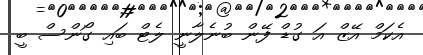
އެކަމް އޭޒް އަ ގުޑް ފޭން ބުނެލާނީ ލެޓް ބައި ގޯންސް ބީ